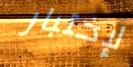
لإختبار